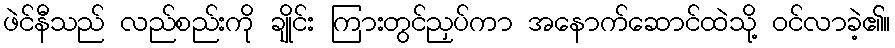
ဖဲင်နီသည် လည်စည်းကို ချိုင်း ကြားတွင်ညှပ်ကာ အနောက်ဆောင်ထဲသို့ ဝင်လာခဲ့၏။